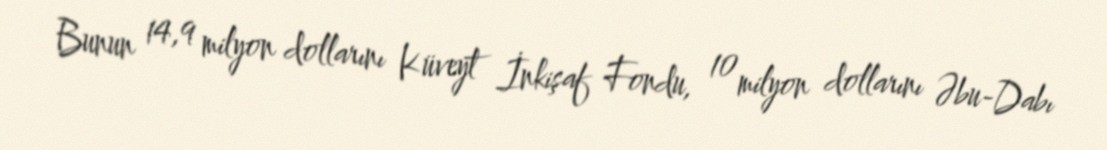
Bunun 14,9 milyon dollarını Küveyt İnkişaf Fondu, 10 milyon dollarını Əbu-Dabı